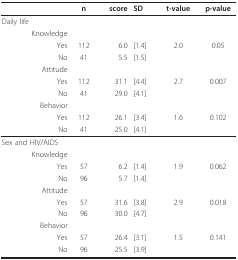
|  | n | score | SD | t-value | p-value |
 | --- | --- | --- | --- | --- | --- |
 | Daily life |  |  |  |  |  |
 | Knowledge |  |  |  |  |  |
 | Yes | 112 | 6.0 | [1.4] | 2.0 | 0.05 |
 | No | 41 | 5.5 | [1.5] |  |  |
 | Attitude |  |  |  |  |  |
 | Yes | 112 | 31.1 | [4.4] | 2.7 | 0.007 |
 | No | 41 | 29.0 | [4.1] |  |  |
 | Behavior |  |  |  |  |  |
 | Yes | 112 | 26.1 | [3.4] | 1.6 | 0.102 |
 | No | 41 | 25.0 | [4.1] |  |  |
 | Sex and HIV/AIDS |  |  |  |  |  |
 | Knowledge |  |  |  |  |  |
 | Yes | 57 | 6.2 | [1.4] | 1.9 | 0.062 |
 | No | 96 | 5.7 | [1.4] |  |  |
 | Attitude |  |  |  |  |  |
 | Yes | 57 | 31.6 | [3.8] | 2.9 | 0.018 |
 | No | 96 | 30.0 | [4.7] |  |  |
 | Behavior |  |  |  |  |  |
 | Yes | 57 | 26.4 | [3.1] | 1.5 | 0.141 |
 | No | 96 | 25.5 | [3.9] |  |  |